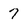
Character: 7